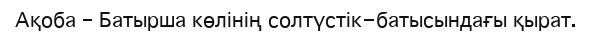
Ақоба – Батырша көлінің солтүстік-батысындағы қырат.